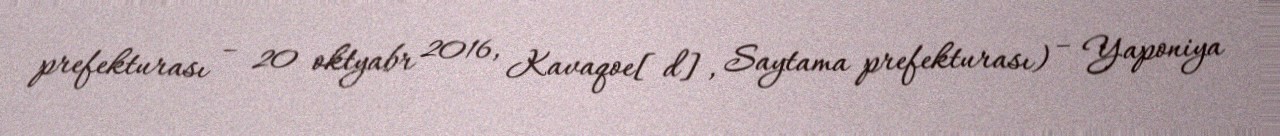
prefekturası – 20 oktyabr 2016, Kavaqoe[d], Saytama prefekturası) – Yaponiya